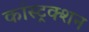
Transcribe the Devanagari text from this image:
कांस्ट्रक्शन